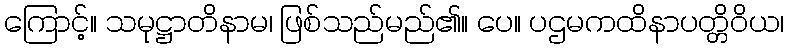
ကြောင့်။ သမုဋ္ဌာတိနာမ၊ ဖြစ်သည်မည်၏။ ပေ။ ပဌမကထိနာပတ္တိဝိယ၊